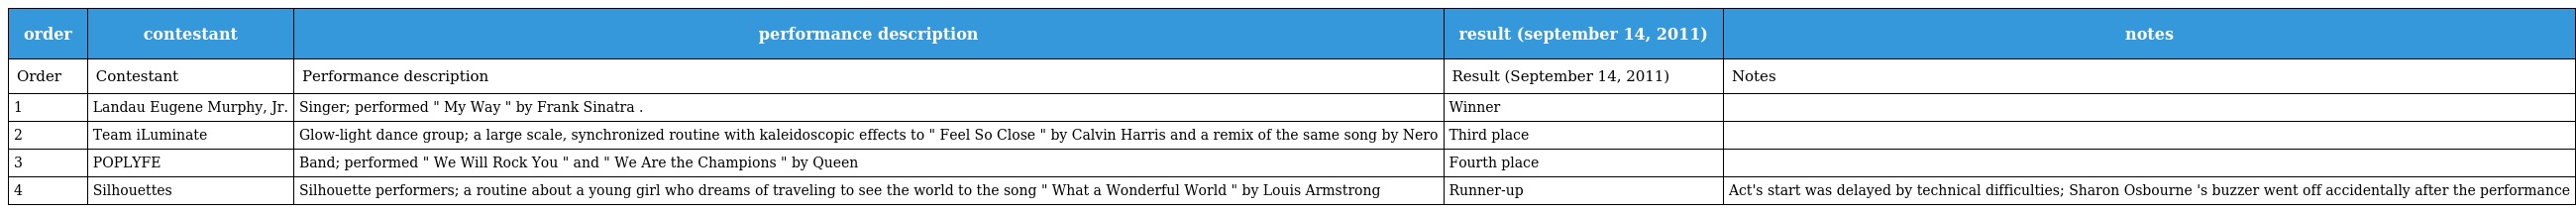
| order | contestant | performance description | result (september 14, 2011) | notes |
 | --- | --- | --- | --- | --- |
 | Order | Contestant | Performance description | Result (September 14, 2011) | Notes |
 | 1 | Landau Eugene Murphy, Jr. | Singer; performed " My Way " by Frank Sinatra . | Winner |  |
 | 2 | Team iLuminate | Glow-light dance group; a large scale, synchronized routine with kaleidoscopic effects to " Feel So Close " by Calvin Harris and a remix of the same song by Nero | Third place |  |
 | 3 | POPLYFE | Band; performed " We Will Rock You " and " We Are the Champions " by Queen | Fourth place |  |
 | 4 | Silhouettes | Silhouette performers; a routine about a young girl who dreams of traveling to see the world to the song " What a Wonderful World " by Louis Armstrong | Runner-up | Act's start was delayed by technical difficulties; Sharon Osbourne 's buzzer went off accidentally after the performance |